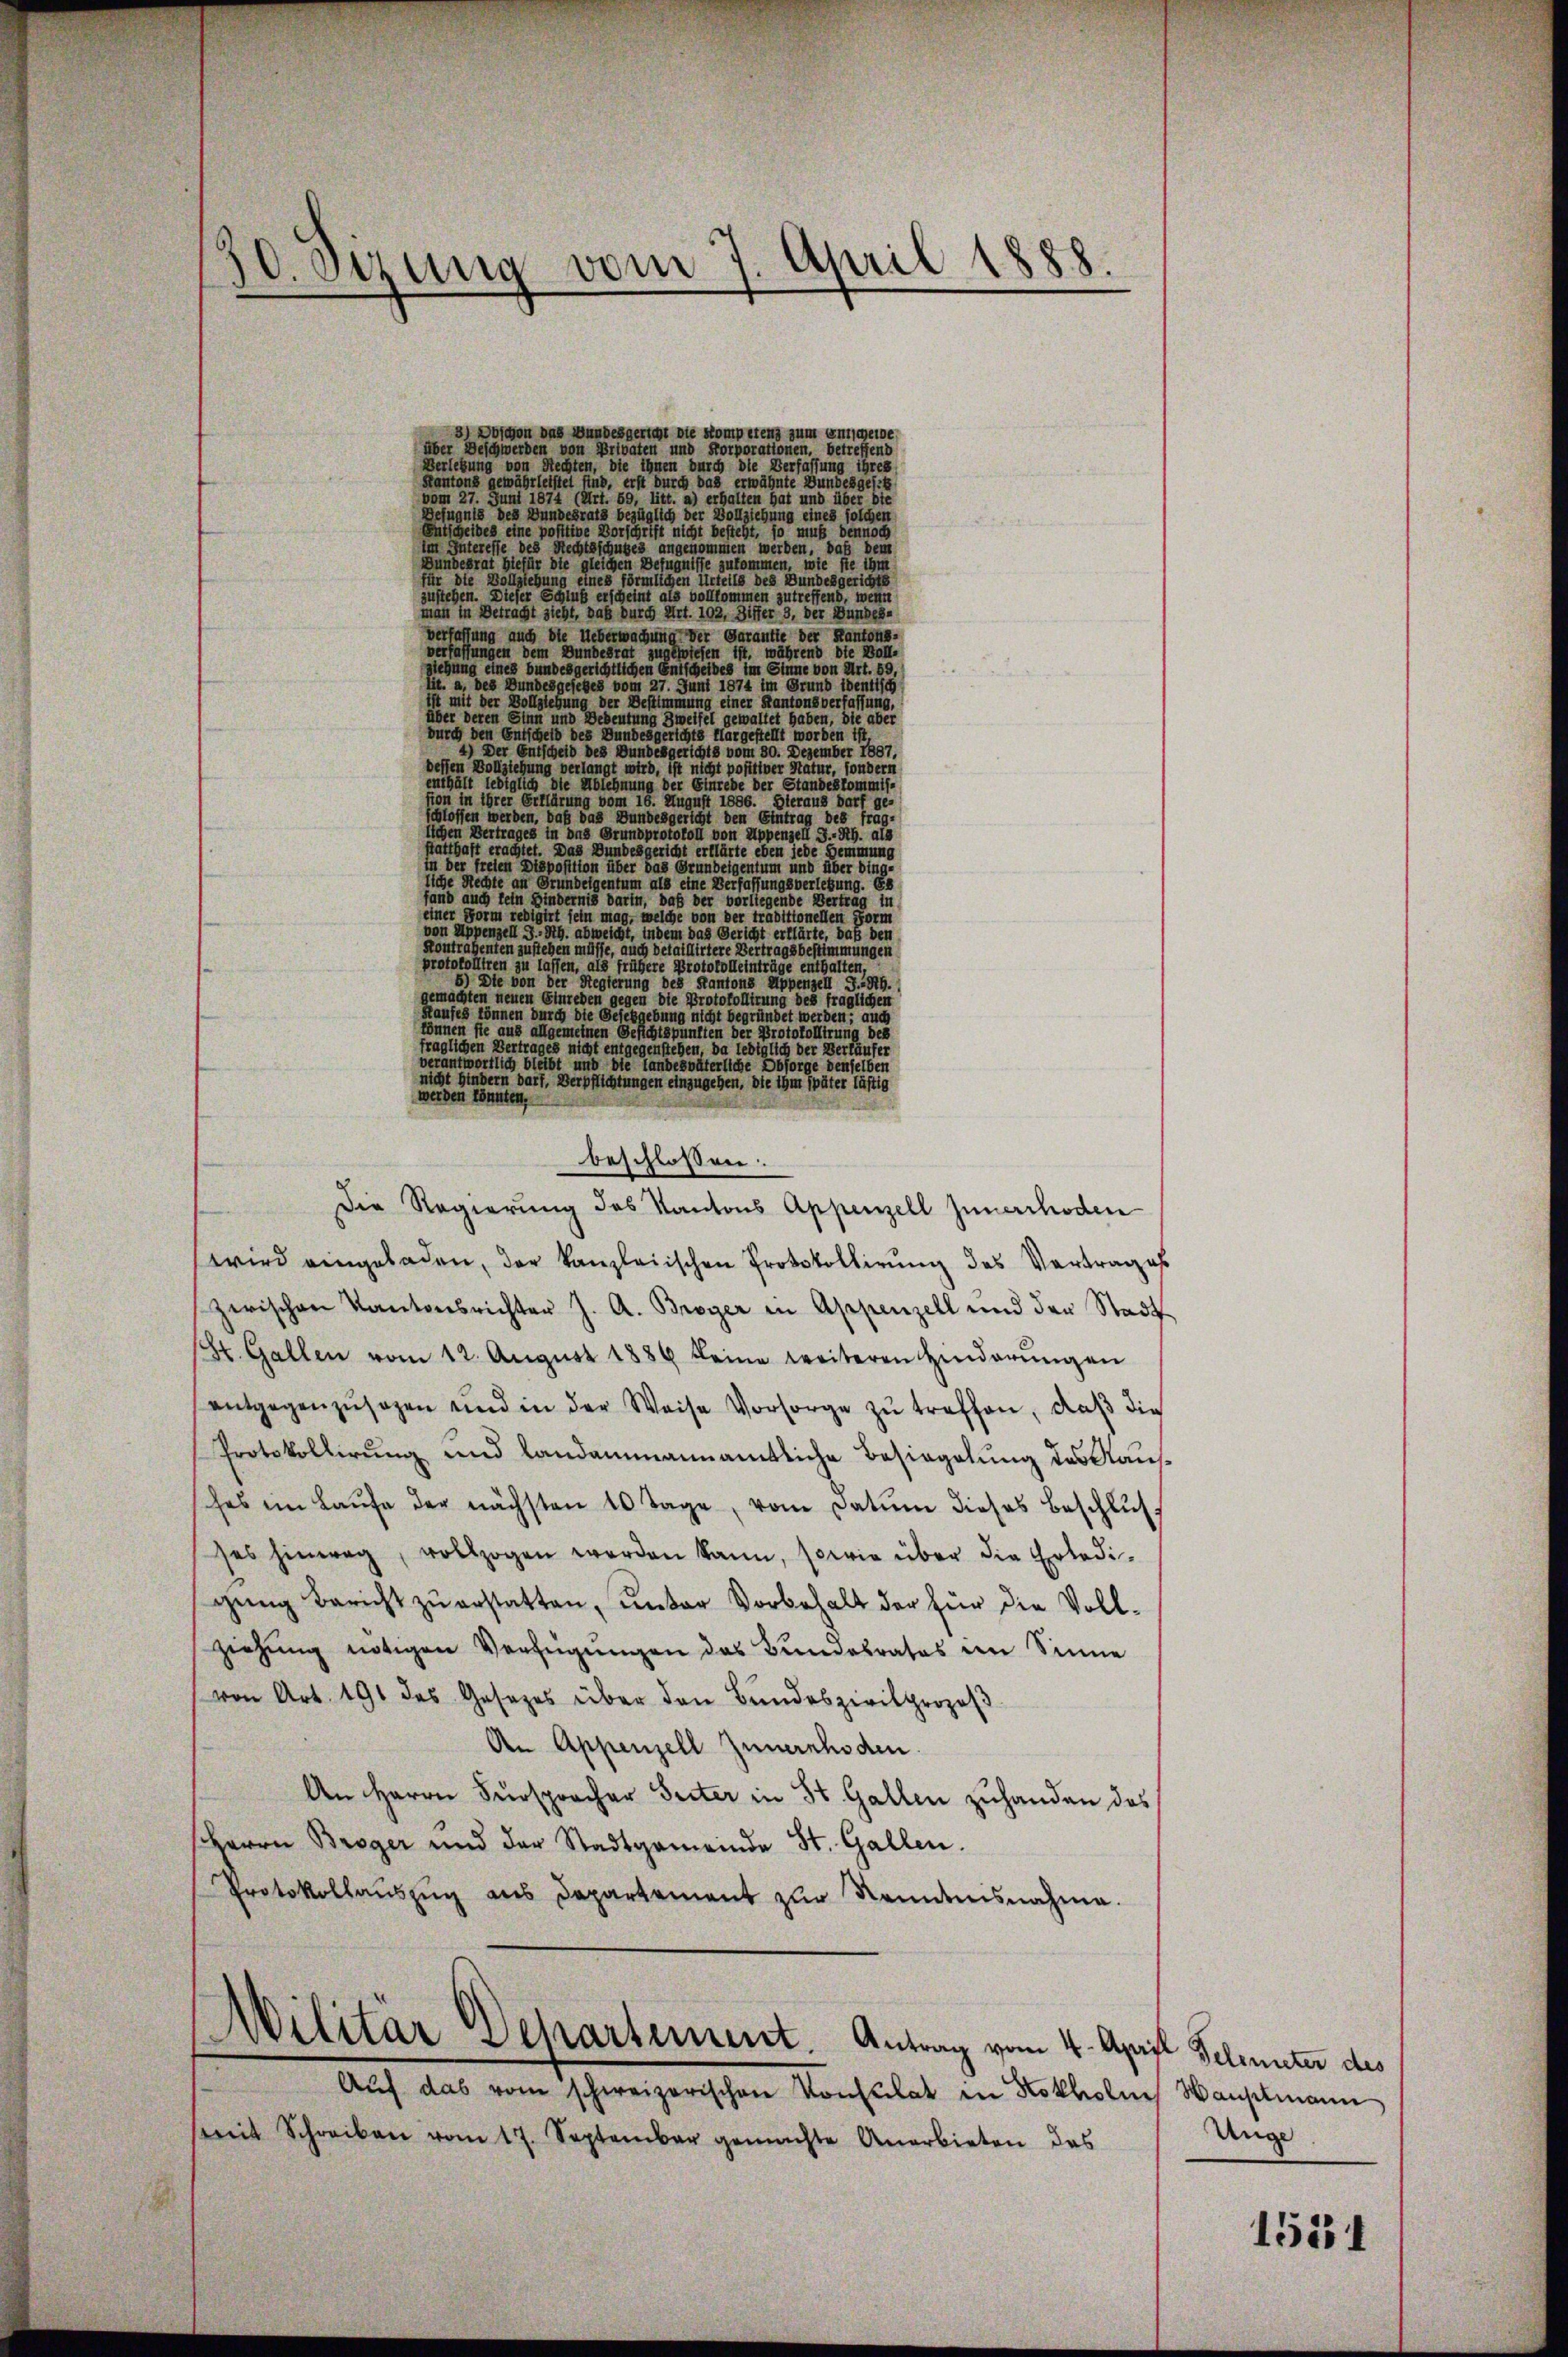
30. Dezung vom 7. April 1888.

son des Bundesgericht die Momen zum Enteie
er Beschwerden von der einen einen eine er eine
Verlebung von Rechten, die ihnen durch die Verfassung ihres
Kantons gewährleistet find, erst durch das erwähnte Bundesgest
vom 27. Juni 1874 (Art. 59, litt. a) erhalten hat und über bie
Befugnis des Bundesrats bezüglich der Vollziehung eines solchen
Sind sei es eine portige Vorschrift nicht besteht, so wie eine
iiteresse des Rechtsschutzes angenommen werden, daß dem
Bundesrat hiefür die gleichen Befugnisse zukommen, wie sie ihm
für die Vollziehung eines förmlichen Urteils des Bundesgerichts
zustehen. Dieser Glut erscheint als vollkommen zutreffend, wenn
man in Betracht zieht, daß durch Art. 102. Differ 5. der Bundes-
verfassung auch die Ueberwachung der Garantie der Kantons-
verfassungen dem Bundesrat zugewiesen ist, während die Boll-
gziehung eines bundesgerichtlichen Entscheides im Sinne von Art. 59,
lit. a, des Bundesgesetzes vom 27. Juni 1874 im Grund seines
ist mit der Vollziehung der Bestimmung einer Kantonsverfassung,
über deren Sinn und Bedeutung zweifel gewaltet haben, die aber
burch den Entscheid des Bundesgericht dargeset worden ist,
4) Der Entscheid des Bundesgerichts vom 30. Dezember 1887,
dessen Vollziehung verlangt wird, ist nicht positiver Statur, sondern
enthält lediglich die Ablehnung der Einrede der Standesto mehr eine
tion in ihrer Erklärung vom 16. August 1856. Hieraus darf ge-
schlossen werden, daß das Bundesgericht den Eintrag des fräg-
lichen Vertrages in das Grundprote von Appenzell I.-Rh. als
statthaft erachtet. Das Bundesgericht erklärte eben jede Fremmung
 en re posten der eine gegen einer eine er eine einen einen eine über ding
liche Meisten Grundeigentum als einen er sie sie einen gelebung. Es
                                         die vorlegende der eine
enr                              sein mag, welche von der Traditionellen Form
von Appenzell I.-Rh. abweicht, indem das Gericht erklärte, daß den
Kontrahenten zu stehen müsse, auch detaillirtere Vertragsbestimmungen
protokolliren zu lassen, als frühere Protokolleinträge enthalten,
5) Die von der Regierung des Kantons Appenzell I.-Rh.
gemachten neuen Einreden gegen die Protokollirung des fraglichen
Raufes können durch die Geseggebung nicht begründet werden, auc
können sie aus allgemeinen Gesichtspunkten der Protokollirung des
fraglichen Vertrages nicht entgegenstehen, da lediglich der Verläufer
verantwortlich bleibt und die landesväterliche Obsorge denselben
nicht hindern bart, Verpflichtungen einzugehen, die ihm später lästig
weiden könnten,
Die Regierung des Kantons Anhenzell unerchoden
wird eingeladen, der kanzleiischen Protokollirung des Vertrages
zerischen Kantonsrichter J. A. Broger in Appenzell und der Stadt-
St. Gallen vom 12. Aŭgŭst 1889 keine weiteren Hinderŭngen
antargenzusagen und in der Weise Vorsorge zu traften, daß die
Protokollirung und Landammannamtliche Besiegelung des Raus
das im Laŭfe der nächsten 10 Tage, vom Datum dieses Beschlusses hinweg, vollzogen werden kann, sowie über die Erledigŭng Bericht zu erstatten, unter Vorbehalt der für die Vollziehung nötigen Verfügungen das Bundesrates im Sinne
von Art. 191 des Gesetzes über den Bundeszivilprozeβ
An Appenzell zuweichsden
An Herrn Fürsprocher Seiter in St. Gallen zuhanden das
Herrn Broger und der Stadtgemeinde St. Gallen.
Protokollaŭszŭg als Departament zŭr Kenntnisnahme.
Militär Departement. Antrag vom 4. April Geleiter des
Aŭf das vom schweizerischen Konsulat in Kotholis Wahlmann
mit Schreiben vom 17. September gemachte Anerbieten das

beschlossen:

Unge

1531